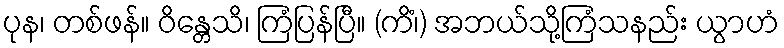
ပုန၊ တစ်ဖန်။ ဝိန္တေသိ၊ ကြံပြန်ပြီ။ (ကိံ၊) အဘယ်သို့ကြံသနည်း ယွာဟံ